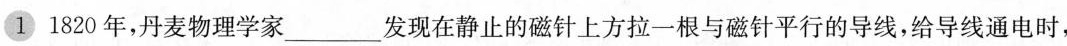
① 1820年，丹麦物理学家___发现在静止的磁针上方拉一根与磁针平行的导线，给导线通电时，